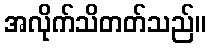
အလိုက်သိတတ်သည်။